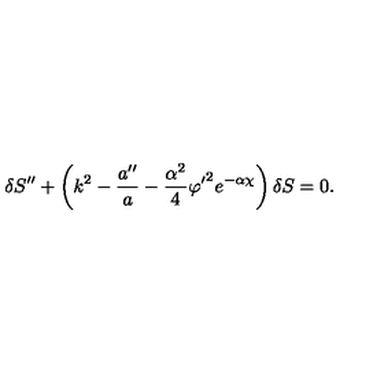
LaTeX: \delta S ^ { \prime \prime } + \left( k ^ { 2 } - \frac { a ^ { \prime \prime } } { a } - \frac { \alpha ^ { 2 } } { 4 } { \varphi ^ { \prime } } ^ { 2 } e ^ { - \alpha \chi } \right) \delta S = 0 .